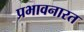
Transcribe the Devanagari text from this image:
प्रभावनारत